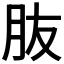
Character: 𦙓